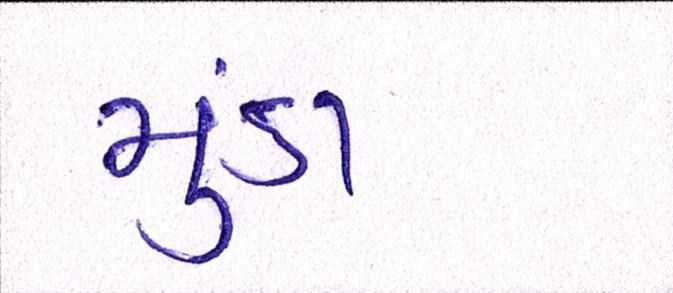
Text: મુંડા